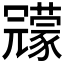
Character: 𠖨